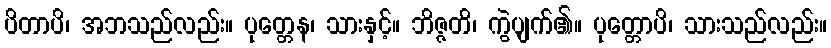
ပိတာပိ၊ အဘသည်လည်း။ ပုတ္တေန၊ သားနှင့်။ ဘိဇ္ဇတိ၊ ကွဲပျက်၏။ ပုတ္တောပိ၊ သားသည်လည်း။